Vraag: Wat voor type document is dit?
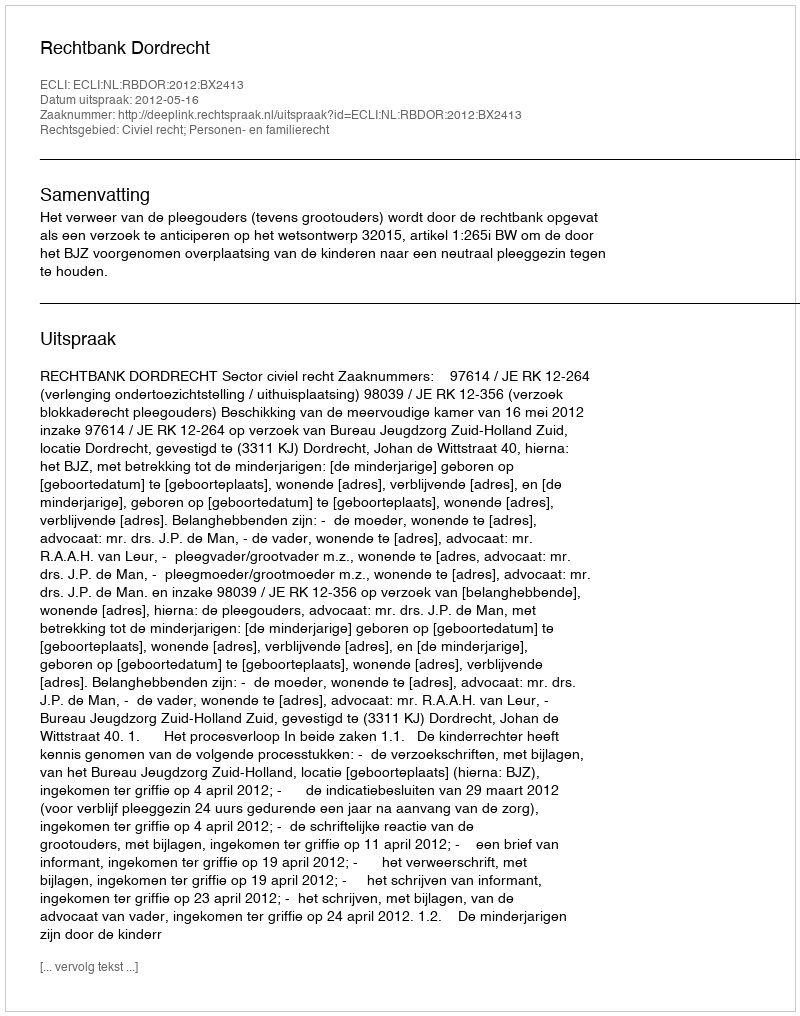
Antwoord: Uitspraak